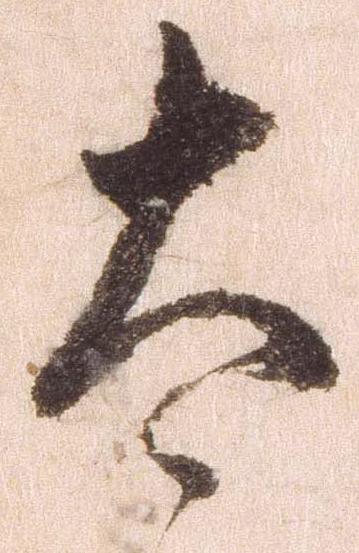
太